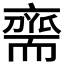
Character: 𮋡